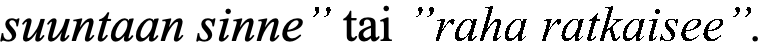
suuntaan sinne” tai ”raha ratkaisee”.